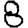
Digit: 8